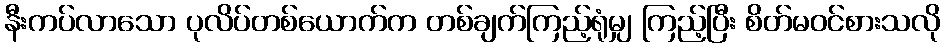
နီးကပ်လာသော ပုလိပ်တစ်ယောက်က တစ်ချက်ကြည့်ရုံမျှ ကြည့်ပြီး စိတ်မဝင်စားသလို